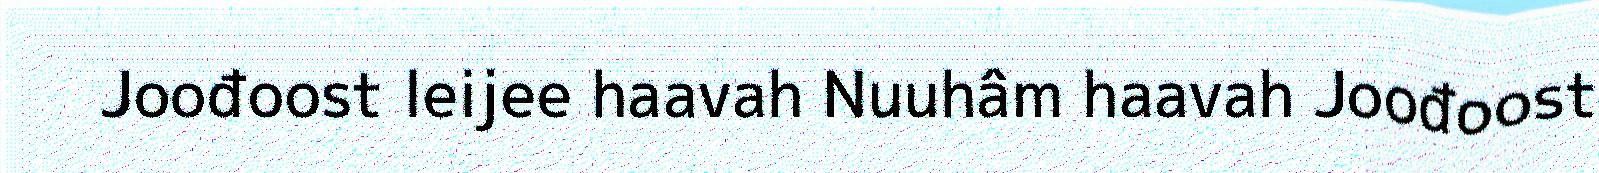
Joođoost leijee haavah Nuuhâm haavah Joođoost